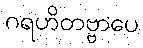
ဂရဟိတဗ္ဗာပေ